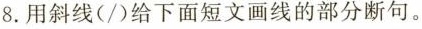
8.用斜线（/）给下面短文画线的部分断句。